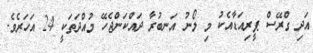
އަދި ގްރޭސް ޕީރިއަޑާއެކު މި ލޯނު އަނބުރާ ދައްކަންޖެހޭ މުއްދަތަކީ 24 އަހަރެވެ.